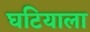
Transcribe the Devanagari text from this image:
घटियाला